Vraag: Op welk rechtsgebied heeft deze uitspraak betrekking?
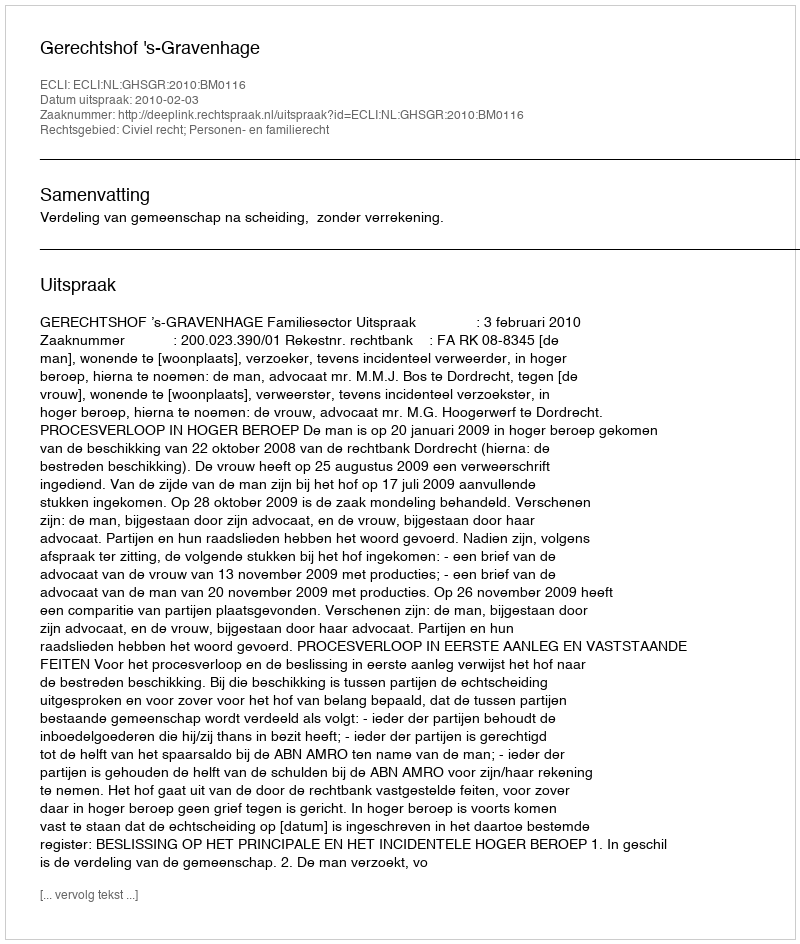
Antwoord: Civiel recht; Personen- en familierecht